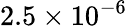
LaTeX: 2.5\times 10^{-6}